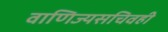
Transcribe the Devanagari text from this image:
वाणिज्यसचिवही